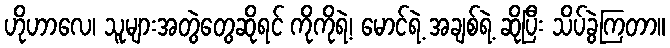
ဟိုဟာလေ၊ သူများအတွဲတွေဆိုရင် ကိုကိုရဲ့၊ မောင်ရဲ့ အချစ်ရဲ့ ဆိုပြီး သိပ်ခွဲကြတာ။